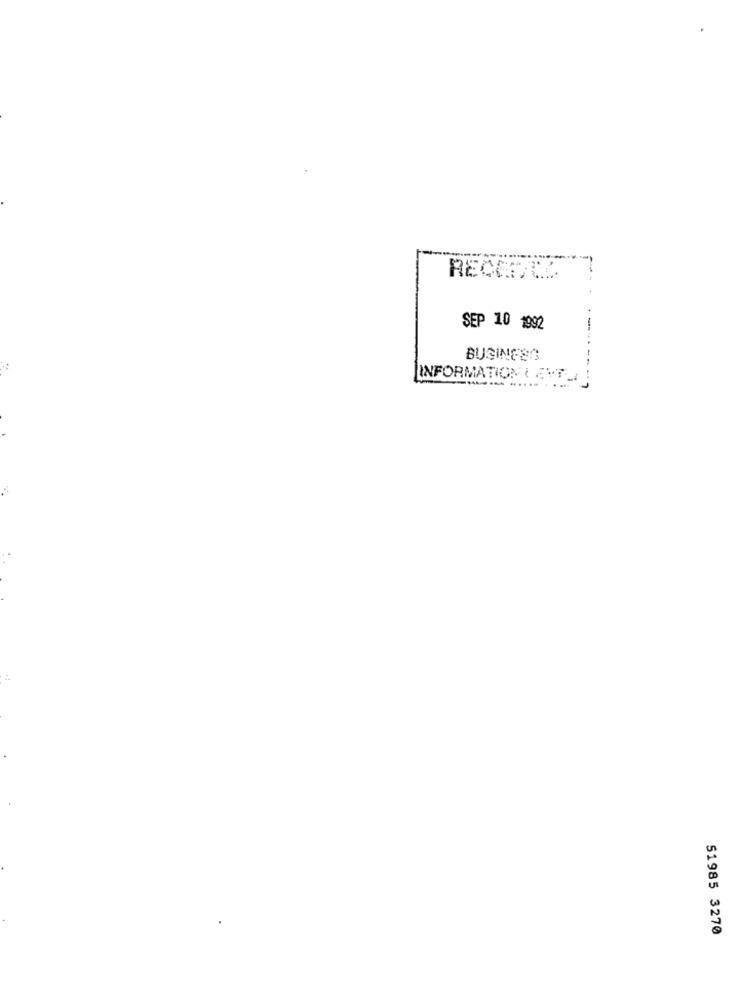
SEP 10 1992
-
BUSINESS
INFORMATION EVTL
51985 3270